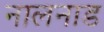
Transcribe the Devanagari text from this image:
नालनाड